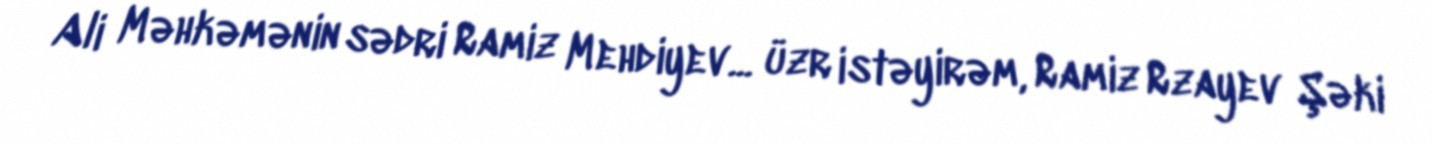
Ali Məhkəmənin sədri Ramiz Mehdiyev... üzr istəyirəm, Ramiz Rzayev Şəki